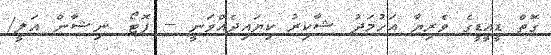
ގޮތް ޑީއީޑީގެ ވެރިޔާ އަހުމަދު ޝާކިރު ކިޔައިދެއްވަނީ -- ފޮޓޯ: ނިޝާން އަލީ/